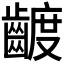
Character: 𮯍